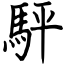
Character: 駍